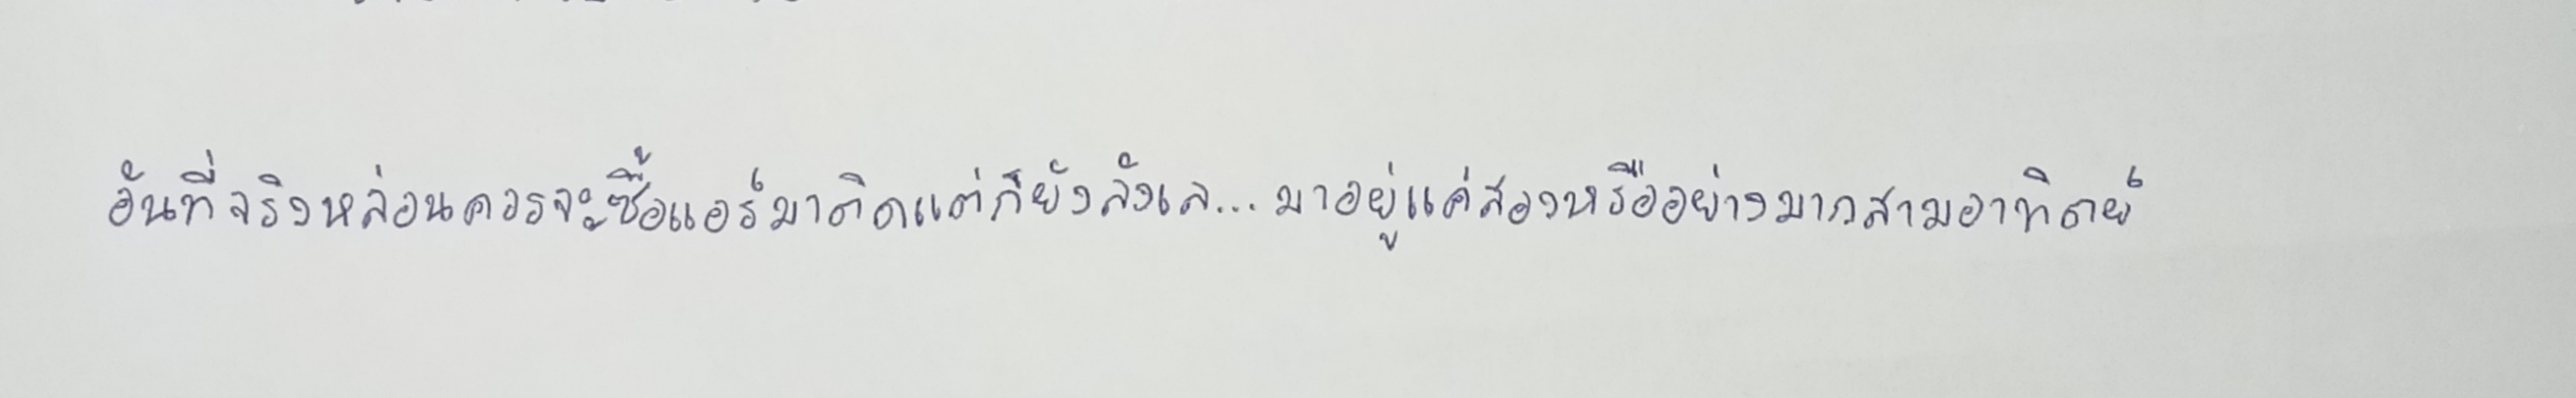
อันที่จริงหล่อนควรจะซื้อแอร์มาติดแต่ก็ยังลังเล...มาอยู่แค่สองหรืออย่างมากสามอาทิตย์